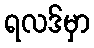
ရလဒ်မှာ